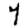
Digit: 7